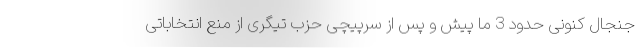
جنجال کنونی حدود 3 ما پیش و پس از سرپیچی حزب تیگری از منع انتخاباتی